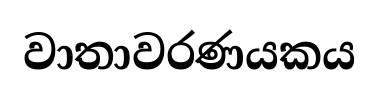
වාතාවරණයකය